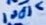
Text: 100K